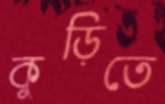
কুড়িতে